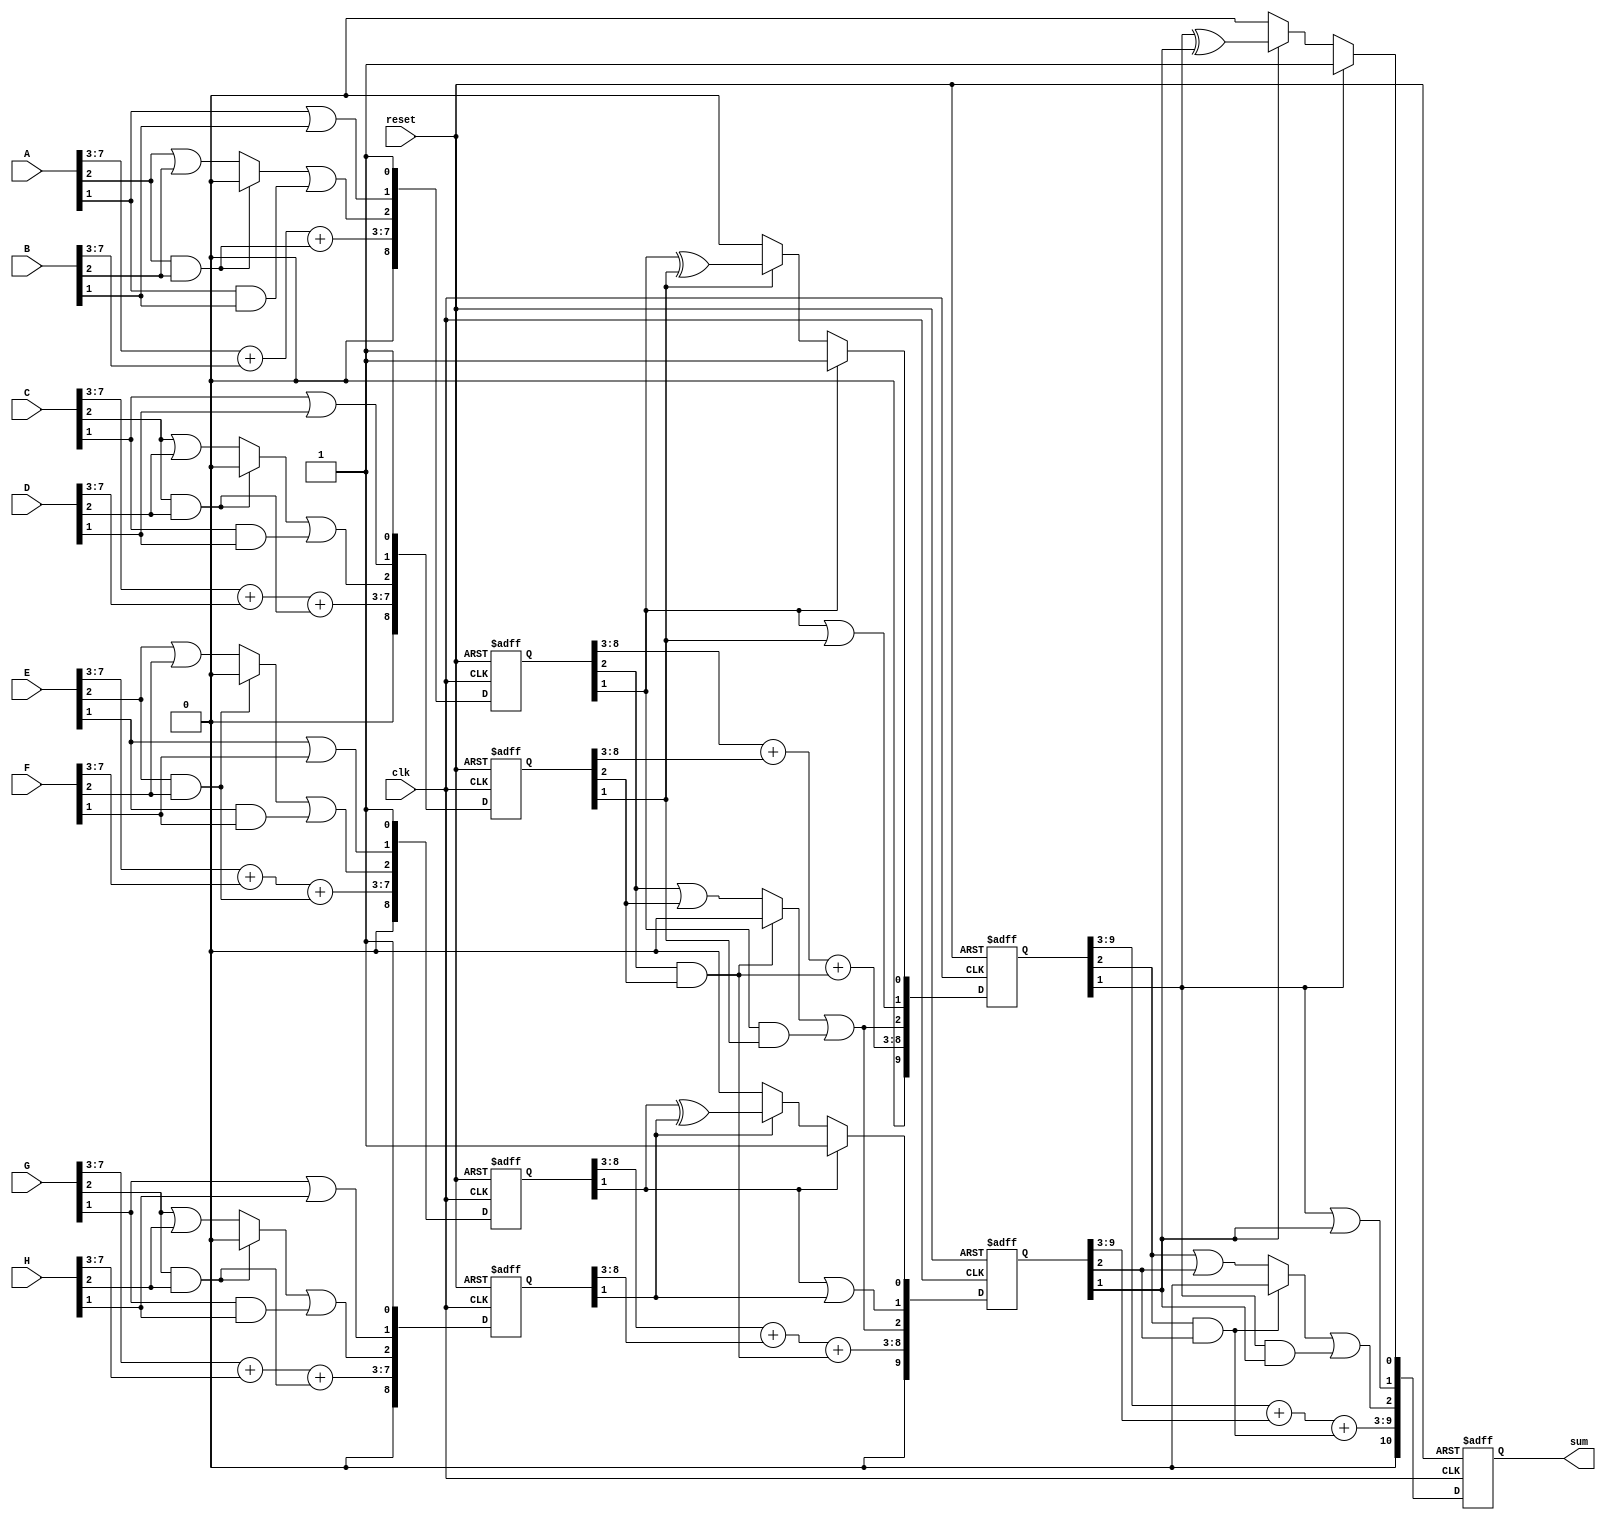
module adder_D2(
input wire [7:0] A,B,C,D,E,F,G,H,
input wire clk,reset,
output wire [10:0]sum );
  reg [8:0] s1_reg,s1_next,s2_reg,s2_next,s3_reg,s3_next,s4_reg,s4_next;
  reg [9:0] s5_reg,s5_next,s6_reg,s6_next;
  reg [10:0] f1_reg,f1_next;
always@(posedge clk,posedge reset)
if(reset)
begin
s1_reg<=0;
s2_reg<=0;
s3_reg<=0;
s4_reg<=0;
s5_reg<=0;
s6_reg<=0;
f1_reg<=0;
end
else
begin
s1_reg<=s1_next;
s2_reg<=s2_next;
s3_reg<=s3_next;
s4_reg<=s4_next;
s5_reg<=s5_next;
s6_reg<=s6_next;
f1_reg<=f1_next;
end

reg [7:0]c ;
reg [6:0]mux0;
reg [6:0]mux1;
reg [6:0]sel;





always@*
begin
s1_next = s1_reg;
s2_next = s2_reg;
s3_next = s3_reg;
s4_next = s4_reg;
s5_next = s5_reg;
s6_next = s6_reg;
f1_next = f1_reg;


mux1[0]=1'b0;
mux0[0]=A[2]|B[2];
sel[0]=A[2]&B[2];
c[0]=(sel[0]? mux1[0]:mux0[0])|(A[1]&B[1]);
s1_next = {(A[7:3]+B[7:3]+sel[0]),c[0],(A[1]|B[1]),1'b1};

mux1[1]=1'b0;
mux0[1]=C[2]|D[2];
sel[1]=C[2]&D[2];
c[1]=(sel[1]? mux1[1]:mux0[1])|(C[1]&D[1]);
s2_next = {C[7:3]+D[7:3]+sel[1],c[1],(C[1]|D[1]),1'b1};



mux1[2]=1'b0;
mux0[2]=E[2]|F[2];
sel[2]=E[2]&F[2];
c[2]=(sel[2]? mux1[2]:mux0[2])|(E[1]&F[1]);
s3_next = {E[7:3]+F[7:3]+sel[2],c[2],(E[1]|F[1]),1'b1};

mux1[3]=1'b0;
mux0[3]=G[2]|H[2];
sel[3]=G[2]&H[2];
c[3]=(sel[3]? mux1[3]:mux0[3])|(G[1]&H[1]);
s4_next = {G[7:3]+H[7:3]+sel[3],c[3],(G[1]|H[1]),1'b1};

mux1[4]=1'b0;
mux0[4]=s1_reg[2]|s2_reg[2];
sel[4]=s1_reg[2]&s2_reg[2];
c[4]=(sel[4]? mux1[4]:mux0[4])|(s1_reg[1]&s2_reg[1]);
s5_next = {s1_reg[8:3]+s2_reg[8:3]+sel[4],c[4],(s1_reg[1]|s2_reg[1]),(s1_reg[1]? s1_reg[1]:(s2_reg[1]?   (s1_reg[1] ^ s2_reg[1]): s2_reg[1] ))};

mux1[5]=1'b0;
mux0[5]=s1_reg[2]|s2_reg[2];
sel[5]=s1_reg[2]&s2_reg[2];
c[5]=(sel[5]? mux1[5]:mux0[5])|(s1_reg[1]&s2_reg[1]);
s6_next = {s3_reg[8:3]+s4_reg[8:3]+sel[5],c[5],(s3_reg[1]|s4_reg[1]),(s3_reg[1]? s3_reg[1]:(s4_reg[1]?  (s3_reg[1] ^ s4_reg[1]): s4_reg[1]))};

mux1[6]=1'b0;
mux0[6]=s5_reg[2]|s6_reg[2];
sel[6]=s5_reg[2]&s6_reg[2];
c[6]=(sel[6]? mux1[6]:mux0[6])|(s5_reg[1]&s6_reg[1]);
f1_next = {s5_reg[9:3]+s6_reg[9:3]+sel[6],c[6],(s5_reg[1]|s6_reg[1]),(s5_reg[1]? s5_reg[1]:(s6_reg[1]?    (s5_reg[1] ^ s6_reg[1]): s6_reg[1]))};
end






assign sum = f1_reg;
endmodule